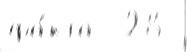
фа́кта  28